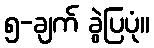
၅-ချက် ခွဲပြပုံ။